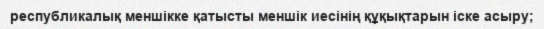
республикалық меншікке қатысты меншік иесінің құқықтарын іске асыру;